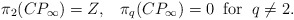
\begin{align*}\pi_{2}(CP_{\infty}) = Z, \; \; \; \pi_{q}(CP_{\infty}) = 0 \; \;\mbox{for} \; \; q \neq 2.\end{align*}